Senior Leaving Certificate Examination (including Day School Certificate (Higher) General paper), 1947
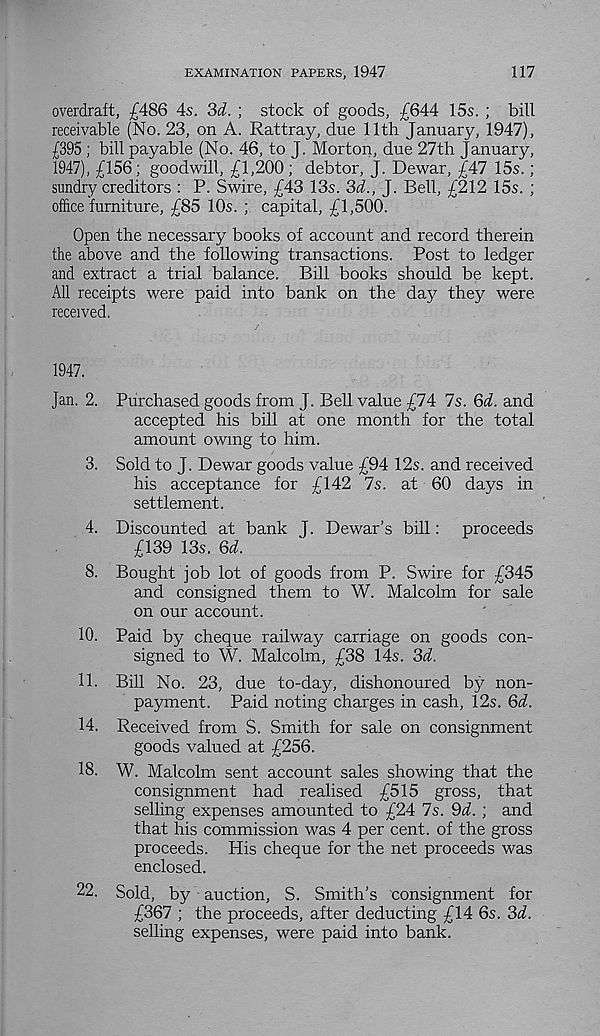
EXAMINATION PAPERS, 1947
117
overdraft, £486 4s. 'M. ; stock of goods, £644 15s. ; bill
receivable (No. 23, on A. Rattray, due 11th January, 1947),
£395 ; bill payable (No. 46, to J. Morton, due 27th January,
1947), £156; goodwill, £1,200; debtor, J. Dewar, £47 15s. ;
sundry creditors : P. Swire, £43 13s. 3d., J. Bell, £212 15s. ;
office furniture, £85 10s. ; capital, £1,500.
Open the necessary books of account and record therein
the above and the following transactions. Post to ledger
and extract a trial balance. Bill books should be kept.
All receipts were paid into bank on the day they were
received.
1947.
Jan. 2. Purchased goods from J. Bell value £74 7s. 6d. and
accepted his bill at one month for the total
amount owing to him.
3. Sold to J. Dewar goods value £94 12s. and received
his acceptance for £142 7s. at 60 days in
settlement.
4. Discounted at bank J. Dewar’s bill: proceeds
£139 13s. 6d.
8. Bought job lot of goods from P. Swire for £345
and consigned them to W. Malcolm for sale
on our account.
10. Paid by cheque railway carriage on goods con-
signed to W. Malcolm, £38 14s. 3A
11. Bill No. 23, due to-day, dishonoured by non-
payment. Paid noting charges in cash, 12s. Qd.
14. Received from S. Smith for sale on consignment
goods valued at £256.
18. W. Malcolm sent account sales showing that the
consignment had realised £515 gross, that
selling expenses amounted to £24 7s. 9<7. ; and
that his commission was 4 per cent, of the gross
proceeds. His cheque for the net proceeds was
enclosed.
22. Sold, by auction, S. Smith’s consignment for
£367 ; the proceeds, after deducting £14 6s. 3(7.
selling expenses, were paid into bank.